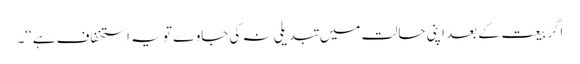
اگر بیعت کے بعد اپنی حالت میں تبدیلی نہ کی جاوے تو یہ استخفاف ہے‘‘۔